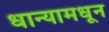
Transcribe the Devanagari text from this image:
धान्यामधून